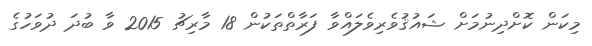
މިކަން ކޮށްދިނުމަށް ޝައުޤުވެރިވެލައްވާ ފަރާތްތަކުން 18 މާރިޗު 2015 ވާ ބުދަ ދުވަހުގެ